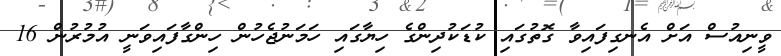
ވީނިއުސް އަށް އެނގިފައިވާ ގޮތުގައި ކުޑަކުދިންގެ ހިޔާގައި ހަމަނުޖެހުން ހިންގާފައިވަނީ އުމުރުން 16